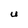
Character: U